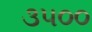
૩૫૦૦